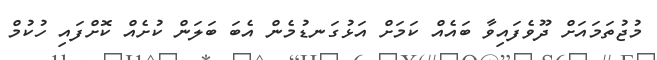
މުޖުތަމައަށް ދޫވެފައިވާ ބައެއް ކަމަށް އަޅުގަނޑުމެން އެބަ ބަލަން ކުށެއް ކޮށްފައި ހުކުމް